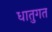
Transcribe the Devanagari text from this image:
धातुगत